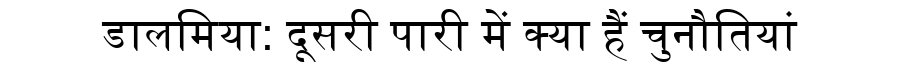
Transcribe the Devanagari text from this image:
डालमिया: दूसरी पारी में क्या हैं चुनौतियां